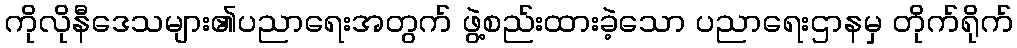
ကိုလိုနီဒေသများ၏ပညာရေးအတွက် ဖွဲ့စည်းထားခဲ့သော ပညာရေးဌာနမှ တိုက်ရိုက်